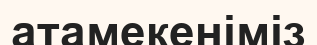
атамекеніміз